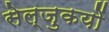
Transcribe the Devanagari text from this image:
सेल्जुकयों